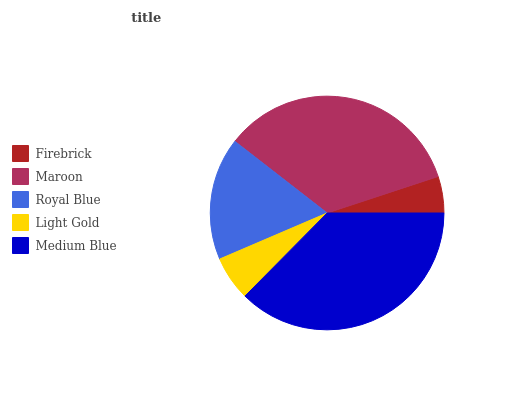
| Firebrick | Maroon | Royal Blue | Light Gold | Medium Blue |
 | --- | --- | --- | --- | --- |
 | 5.06% | 34.4% | 17% | 6.14% | 37.4% |